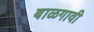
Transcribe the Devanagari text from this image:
बाळगावी